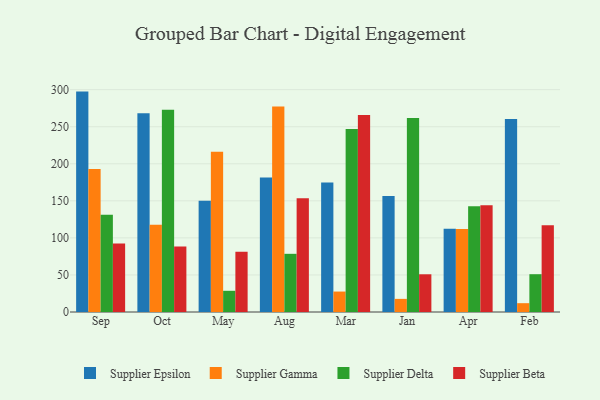
{"axis": {"x": "Month", "y": "Customer Acquisition Cost (USD)"}, "legend": ["Supplier Beta", "Supplier Delta", "Supplier Epsilon", "Supplier Gamma"], "data": [{"x": "Sep", "y": 297.4, "type": "Supplier Epsilon"}, {"x": "Sep", "y": 192.8, "type": "Supplier Gamma"}, {"x": "Sep", "y": 131.2, "type": "Supplier Delta"}, {"x": "Sep", "y": 92.5, "type": "Supplier Beta"}, {"x": "Oct", "y": 268.1, "type": "Supplier Epsilon"}, {"x": "Oct", "y": 117.7, "type": "Supplier Gamma"}, {"x": "Oct", "y": 272.8, "type": "Supplier Delta"}, {"x": "Oct", "y": 88.4, "type": "Supplier Beta"}, {"x": "May", "y": 150.2, "type": "Supplier Epsilon"}, {"x": "May", "y": 216.1, "type": "Supplier Gamma"}, {"x": "May", "y": 28.6, "type": "Supplier Delta"}, {"x": "May", "y": 81.3, "type": "Supplier Beta"}, {"x": "Aug", "y": 181.4, "type": "Supplier Epsilon"}, {"x": "Aug", "y": 277.4, "type": "Supplier Gamma"}, {"x": "Aug", "y": 78.5, "type": "Supplier Delta"}, {"x": "Aug", "y": 153.4, "type": "Supplier Beta"}, {"x": "Mar", "y": 174.8, "type": "Supplier Epsilon"}, {"x": "Mar", "y": 27.6, "type": "Supplier Gamma"}, {"x": "Mar", "y": 247.0, "type": "Supplier Delta"}, {"x": "Mar", "y": 265.8, "type": "Supplier Beta"}, {"x": "Jan", "y": 156.5, "type": "Supplier Epsilon"}, {"x": "Jan", "y": 17.7, "type": "Supplier Gamma"}, {"x": "Jan", "y": 261.8, "type": "Supplier Delta"}, {"x": "Jan", "y": 50.9, "type": "Supplier Beta"}, {"x": "Apr", "y": 112.4, "type": "Supplier Epsilon"}, {"x": "Apr", "y": 111.9, "type": "Supplier Gamma"}, {"x": "Apr", "y": 142.7, "type": "Supplier Delta"}, {"x": "Apr", "y": 144.1, "type": "Supplier Beta"}, {"x": "Feb", "y": 260.3, "type": "Supplier Epsilon"}, {"x": "Feb", "y": 11.9, "type": "Supplier Gamma"}, {"x": "Feb", "y": 51.0, "type": "Supplier Delta"}, {"x": "Feb", "y": 117.0, "type": "Supplier Beta"}]}